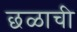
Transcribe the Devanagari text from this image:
छळाची